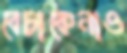
বেচাকেনাও